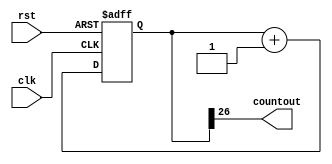
// Project 6 - 32 bit counter
// Justin Maeder
// CECS 201
// 11/26/17

`timescale 1ns / 1ps

module counter32(clk, rst, countout);

input clk, rst;
output countout;

reg [31:0] counter;

assign countout = counter[26];

always @( posedge clk, posedge rst)
if (rst) counter <= 32'b0;
else     counter <= counter + 32'b1;


endmodule